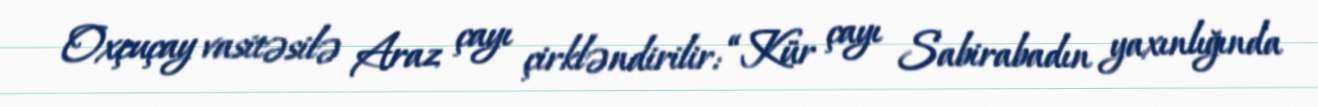
Oxçuçay vasitəsilə Araz çayı çirkləndirilir: “Kür çayı Sabirabadın yaxınlığında